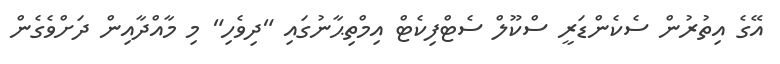
އޭގެ އިތުރުން ސެކެންޑަރީ ސްކޫލް ސެޓްފިކެޓް އިމްތިޙާނުގައި "ދިވެހި" މި މާއްދާއިން ދަށްވެގެން